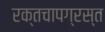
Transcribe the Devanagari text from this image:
रक्तचापग्रस्त